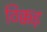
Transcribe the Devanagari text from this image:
ठिक्कड़